Relation of titanus [i.e. tetanus] to the hypodermic or intramuscular injection of quinine - Number 43
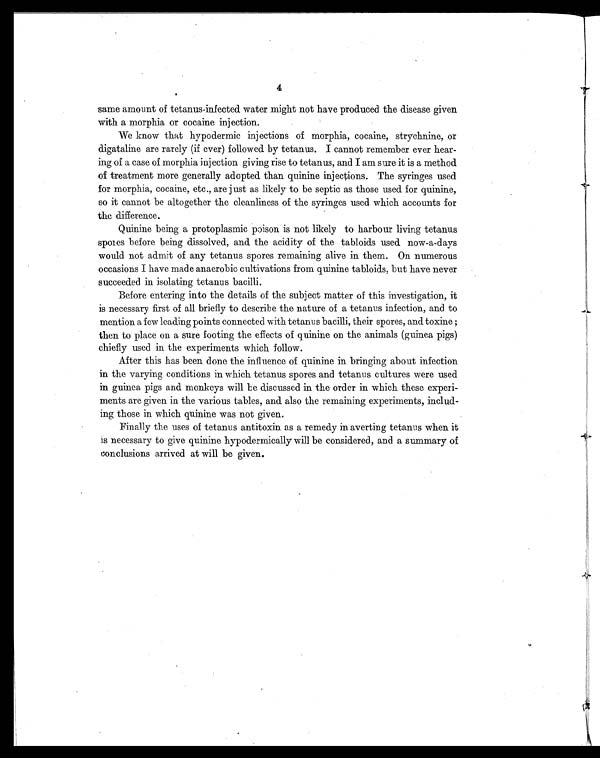
4
same amount of tetanus-infected water might not have produced the disease given
with a morphia or cocaine injection.
We know that hypodermic injections of morphia, cocaine, strychnine, or
digataline are rarely (if ever) followed by tetanus. I cannot remember ever hear-
ing of a case of morphia injection giving rise to tetanus, and I am sure it is a method
of treatment more generally adopted than quinine injections. The syringes used
for morphia, cocaine, etc., are just as likely to be septic as those used for quinine,
so it cannot be altogether the cleanliness of the syringes used which accounts for
the difference.
Quinine being a protoplasmic poison is not likely to harbour living tetanus
spores before being dissolved, and the acidity of the tabloids used now-a-days
would not admit of any tetanus spores remaining alive in them. On numerous
occasions I have made anaerobic cultivations from quinine tabloids, but have never
succeeded in isolating tetanus bacilli.
Before entering into the details of the subject matter of this investigation, it
is necessary first of all briefly to describe the nature of a tetanus infection, and to
mention a few leading points connected with tetanus bacilli, their spores, and toxine ;
then to place on a sure footing the effects of quinine on the animals (guinea pigs)
chiefly used in the experiments which follow.
After this has been done the influence of quinine in bringing about infection
in the varying conditions in which tetanus spores and tetanus cultures were used
in guinea pigs and monkeys will be discussed in the order in which these experi-
ments are given in the various tables, and also the remaining experiments, includ-
ing those in which quinine was not given.
Finally the uses of tetanus antitoxin as a remedy in averting tetanus when it
is necessary to give quinine hypodermically will be considered, and a summary of
conclusions arrived at will be given.